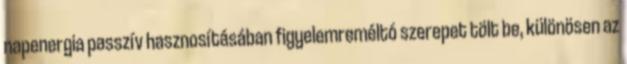
napenergia passzív hasznosításában figyelemreméltó szerepet tölt be, különösen az